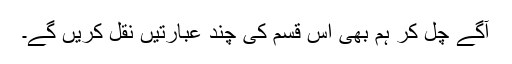
آگے چل کر ہم بھی اس قسم کی چند عبارتیں نقل کریں گے۔